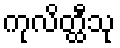
ကုလိတ္ထီသု